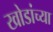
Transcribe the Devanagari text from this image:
खोडांच्या